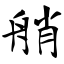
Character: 艄